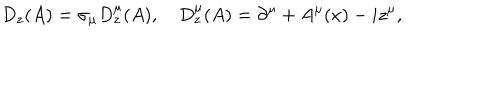
D _ { z } ( A ) = \sigma _ { \mu } D _ { z } ^ { \mu } ( A ) , ~ D _ { z } ^ { \mu } ( A ) = \partial ^ { \mu } + A ^ { \mu } ( x ) - i z ^ { \mu } ,